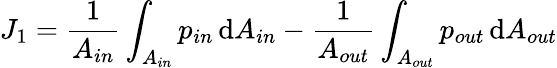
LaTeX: J_{1}=\frac{1}{A_{in}}\int_{A_{in}}p_{in}\, \mathrm{d}A_{in}-\frac{1}{A_{out}}\int_{A_{out}}p_{out}\, \mathrm{d}A_{out}